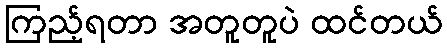
ကြည့်ရတာ အတူတူပဲ ထင်တယ်